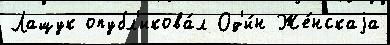
Лащук опубл'икова́л Од'и́н Же́нскаjа